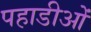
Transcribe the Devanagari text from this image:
पहाडीओं